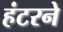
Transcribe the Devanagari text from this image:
हंटरने